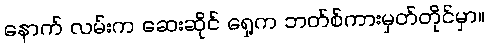
နောက် လမ်းက ဆေးဆိုင် ရှေ့က ဘတ်စ်ကားမှတ်တိုင်မှာ။